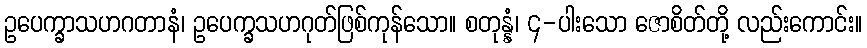
ဥပေက္ခာသဟဂတာနံ၊ ဥပေက္ခသဟဂုတ်ဖြစ်ကုန်သော။ စတုန္နံ၊ ၄-ပါးသော ဇောစိတ်တို့ လည်းကောင်း။